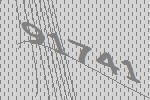
91741